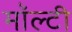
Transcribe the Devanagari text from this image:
मॉल्टी